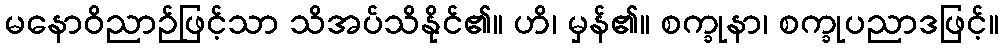
မနောဝိညာဉ်ဖြင့်သာ သိအပ်သိနိုင်၏။ ဟိ၊ မှန်၏။ စက္ခုနာ၊ စက္ခုပညာဒဖြင့်။